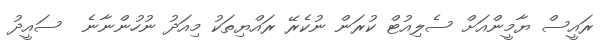
ރައީސް ޔާމީންއަށް ސެލިއުޓް ކުރަން ނުކެރޭ ރައްޔިތަކު މިއަދު ނުހުންނާނެ  ސައީދު